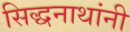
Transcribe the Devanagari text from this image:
सिद्धनाथांनी